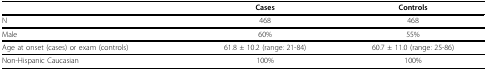
|  | Cases | Controls |
 | --- | --- | --- |
 | N | 468 | 468 |
 | Male | 60% | 55% |
 | Age at onset (cases) or exam (controls) | 61.8 ± 10.2 (range: 21-84) | 60.7 ± 11.0 (range: 25-86) |
 | Non-Hispanic Caucasian | 100% | 100% |